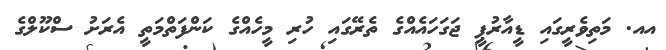
އއ. މަތިވެރީގައި ޑީއާރުޕީ ޖަގަހައެއްގެ ތެރޭގައި ހުރި މީހެއްގެ ކަންފަތްމަތީ އެރަށު ސްކޫލްގެ